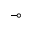
\multimap